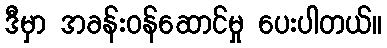
ဒီမှာ အခန်းဝန်ဆောင်မှု ပေးပါတယ်။